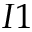
I 1